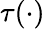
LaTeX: \tau(\cdot)